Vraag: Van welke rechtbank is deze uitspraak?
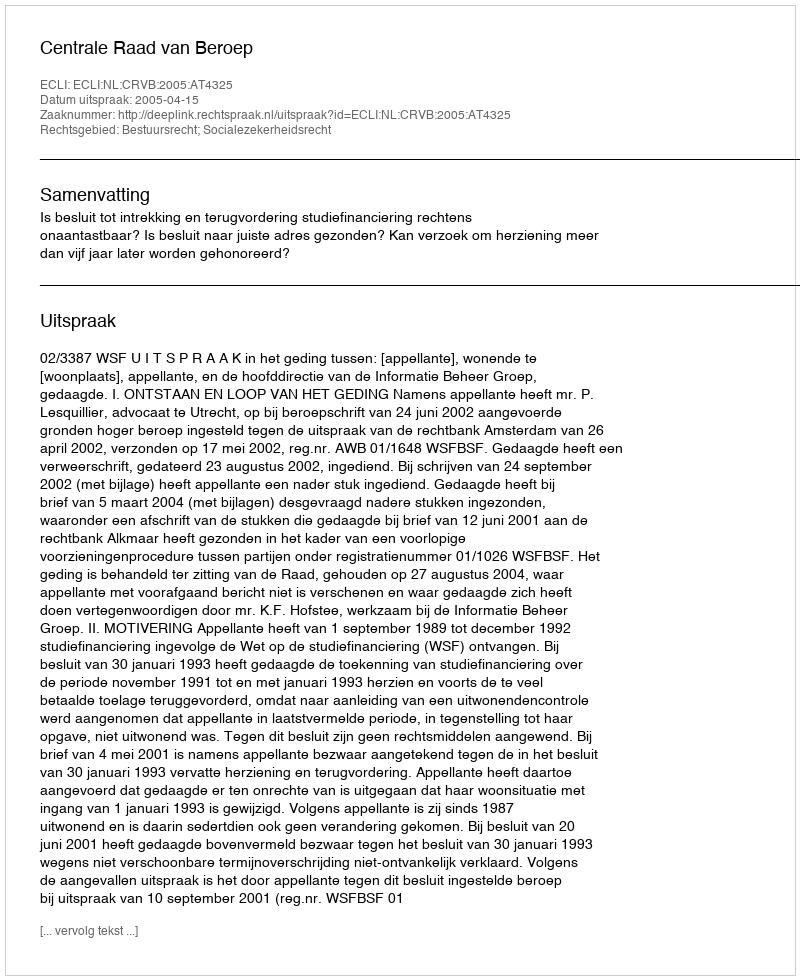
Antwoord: Centrale Raad van Beroep